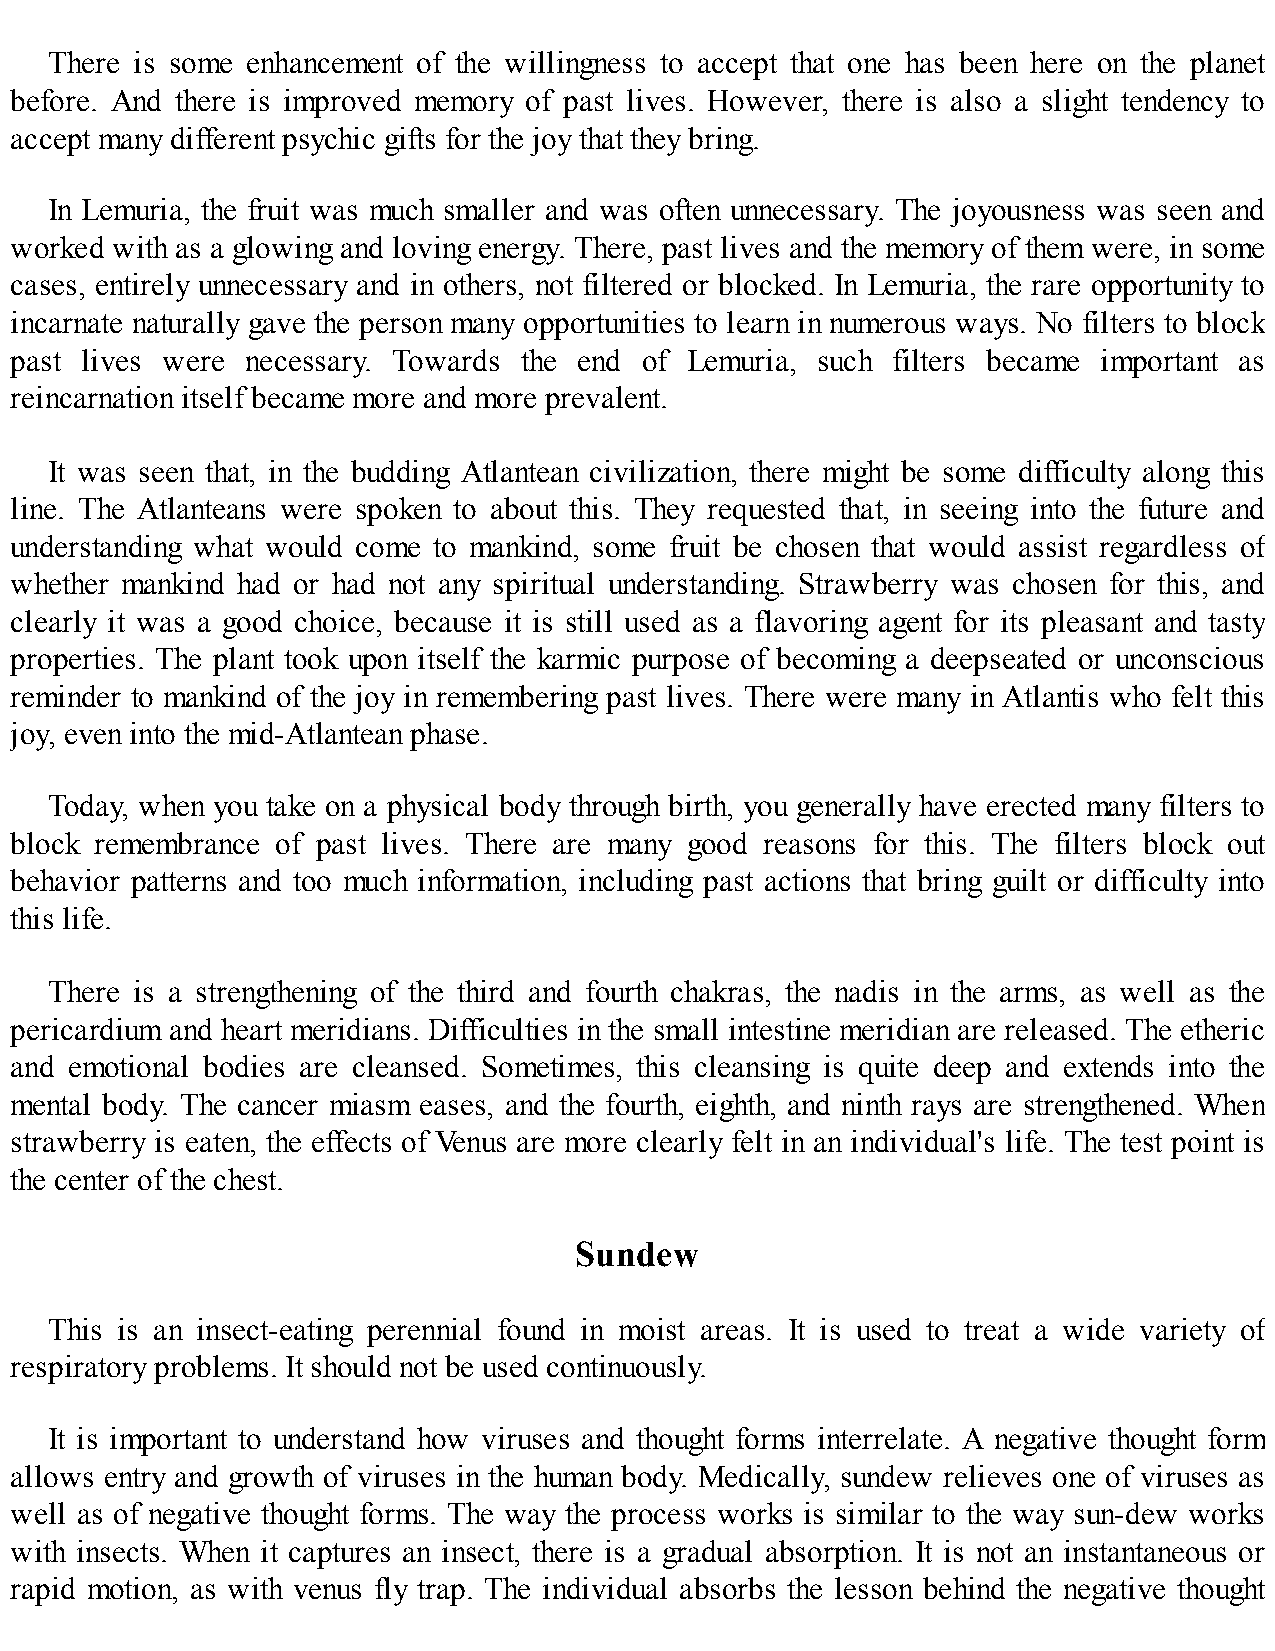
There is some enhancement of the willingness to accept that one has been here on the planet
 before. And there is improved memory of past lives. However, there is also a slight tendency to
 accept many different psychic gifts for the joy that they bring.
 In Lemuria, the fruit was much smaller and was often unnecessary. The joyousness was seen and
 worked with as a glowing and loving energy. There, past lives and the memory of them were, in some
 cases, entirely unnecessary and in others, not filtered or blocked. In Lemuria, the rare opportunity to
 incarnate naturally gave the person many opportunities to learn in numerous ways. No filters to block
 past lives were necessary. Towards the end of Lemuria, such filters became important as
 reincarnation itself became more and more prevalent.
 It was seen that, in the budding Atlantean civilization, there might be some difficulty along this
 line. The Atlanteans were spoken to about this. They requested that, in seeing into the future and
 understanding what would come to mankind, some fruit be chosen that would assist regardless of
 whether mankind had or had not any spiritual understanding. Strawberry was chosen for this, and
 clearly it was a good choice, because it is still used as a flavoring agent for its pleasant and tasty
 properties. The plant took upon itself the karmic purpose of becoming a deepseated or unconscious
 reminder to mankind of the joy in remembering past lives. There were many in Atlantis who felt this
 joy, even into the mid-Atlantean phase.
 Today, when you take on a physical body through birth, you generally have erected many filters to
 block remembrance of past lives. There are many good reasons for this. The filters block out
 behavior patterns and too much information, including past actions that bring guilt or difficulty into
 this life.
 There is a strengthening of the third and fourth chakras, the nadis in the arms, as well as the
 pericardium and heart meridians. Difficulties in the small intestine meridian are released. The etheric
 and emotional bodies are cleansed. Sometimes, this cleansing is quite deep and extends into the
 mental body. The cancer miasm eases, and the fourth, eighth, and ninth rays are strengthened. When
 strawberry is eaten, the effects of Venus are more clearly felt in an individual's life. The test point is
 the center of the chest.
 Sundew
 This is an insect-eating perennial found in moist areas. It is used to treat a wide variety of
 respiratory problems. It should not be used continuously.
 It is important to understand how viruses and thought forms interrelate. A negative thought form
 allows entry and growth of viruses in the human body. Medically, sundew relieves one of viruses as
 well as of negative thought forms. The way the process works is similar to the way sun-dew works
 with insects. When it captures an insect, there is a gradual absorption. It is not an instantaneous or
 rapid motion, as with venus fly trap. The individual absorbs the lesson behind the negative thought